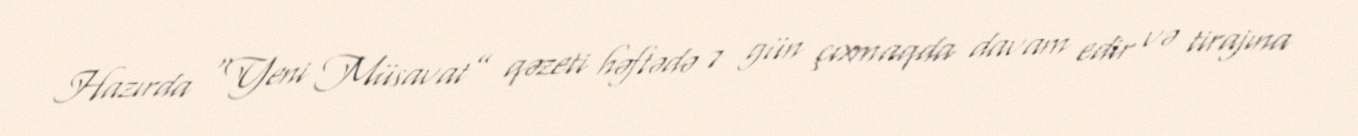
Hazırda “Yeni Müsavat” qəzeti həftədə 7 gün çıxmaqda davam edir və tirajına